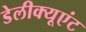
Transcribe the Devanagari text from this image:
डेलीक्यूएंट